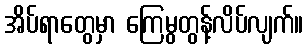
အိပ်ရာတွေမှာ ကြေမွတွန့်လိပ်လျက်။